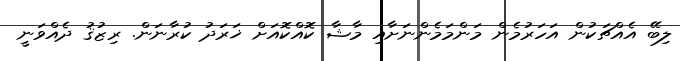
ލިބޭ އެއްޗަކުން އަހަރުމެން މަންމަމެންނަށާއި މާޝާ ކޮއްކޮއަށް ޚަރަދު ކުރާނަން. ރިޒުޤު ދެއްވަނީ